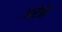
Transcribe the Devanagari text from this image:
अरंजी